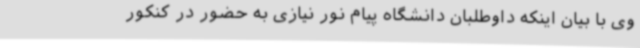
وی با بیان اینکه داوطلبان دانشگاه پیام نور نیازی به حضور در کنکور